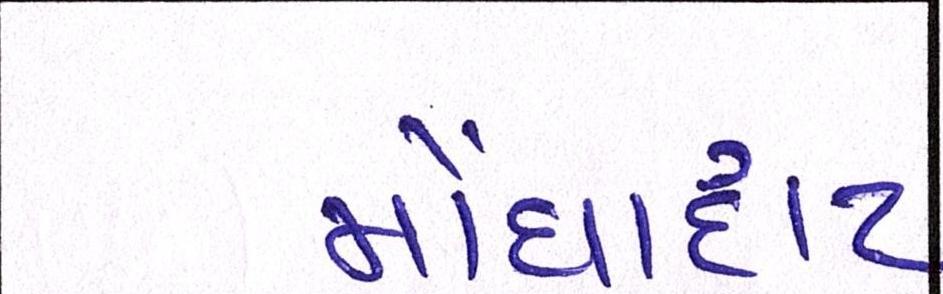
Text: મોંઘાદાટ